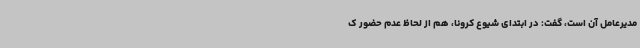
مدیرعامل آن است، گفت: در ابتدای شیوع کرونا، هم از لحاظ عدم حضور ک